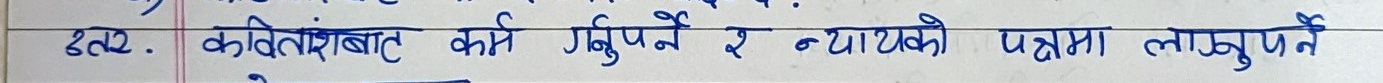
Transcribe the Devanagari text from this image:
२तर, कवितांशबाट कस्ता गर्नुपर्ने र न्यायधीको पक्षमा लाग्नुपर्ने